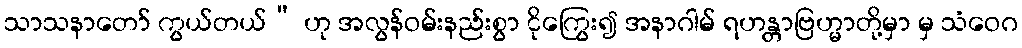
သာသနာတော် ကွယ်တယ်” ဟု အလွန်ဝမ်းနည်းစွာ ငိုကြွေး၍ အနာဂါမ် ရဟန္တာဗြဟ္မာတို့မှာ မှ သံဝေဂ